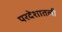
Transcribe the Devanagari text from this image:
परदेशातली